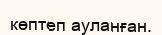
көптеп ауланған.